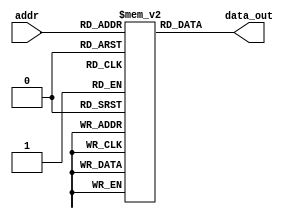
`timescale 1ns / 1ps

module InstMem (input [5:0] addr, output [31:0] data_out);
 reg [31:0] mem [0:63];
 assign data_out = mem[addr];
initial
 begin
//mem[0]=32'b000000000000_00000_010_00001_0000011 ; //lw x1, 0(x0)
// mem[1]=32'b0000000_00000_00000_000_00000_0110011 ; //add x0, x0, x0
// mem[2]=32'b0000000_00000_00000_000_00000_0110011 ; //add x0, x0, x0
// mem[3]=32'b0000000_00000_00000_000_00000_0110011 ; //add x0, x0, x0
 
//  //mem[4]=32'b000000000001_00001_000_00100_0010011 ; //addi x4, x1,1
//  //mem[4]=32'b000100000000_00001_010_00100_0010011 ; //slti x4, x1,1 
 
// mem[4]=32'b000000000100_00000_010_00010_0000011 ; //lw x2, 4(x0)
// mem[5]=32'b0000000_00000_00000_000_00000_0110011 ; //add x0, x0, x0
// mem[6]=32'b0000000_00000_00000_000_00000_0110011 ; //add x0, x0, x0
// mem[7]=32'b0000000_00000_00000_000_00000_0110011 ; //add x0, x0, x0
// mem[8]=32'b000000001000_00000_010_00011_0000011 ; //lw x3, 8(x0)
// mem[9]=32'b0000000_00000_00000_000_00000_0110011 ; //add x0, x0, x0
// mem[10]=32'b0000000_00000_00000_000_00000_0110011 ; //add x0, x0, x0
// mem[11]=32'b0000000_00000_00000_000_00000_0110011 ; //add x0, x0, x0
 
// mem[12]=32'b0000000_00010_00001_110_00100_0110011 ; //or x4, x1, x2
// mem[13]=32'b0000000_00000_00000_000_00000_0110011 ; //add x0, x0, x0
// mem[14]=32'b0000000_00000_00000_000_00000_0110011 ; //add x0, x0, x0
// mem[15]=32'b0000000_00000_00000_000_00000_0110011 ; //add x0, x0, x0
 
// mem[16]=32'b0_000001_00011_00100_000_0000_0_1100011; //beq x4, x3, 16
// mem[17]=32'b0000000_00000_00000_000_00000_0110011 ; //add x0, x0, x0
// mem[18]=32'b0000000_00000_00000_000_00000_0110011 ; //add x0, x0, x0
// mem[19]=32'b0000000_00000_00000_000_00000_0110011 ; //add x0, x0, x0
// mem[20]=32'b0000000_00010_00001_000_00011_0110011 ; //add x3, x1, x2
// mem[21]=32'b0000000_00000_00000_000_00000_0110011 ; //add x0, x0, x0
// mem[22]=32'b0000000_00000_00000_000_00000_0110011 ; //add x0, x0, x0
// mem[23]=32'b0000000_00000_00000_000_00000_0110011 ; //add x0, x0, x0
// mem[24]=32'b0000000_00010_00011_000_00101_0110011 ; //add x5, x3, x2
// mem[25]=32'b0000000_00000_00000_000_00000_0110011 ; //add x0, x0, x0
// mem[26]=32'b0000000_00000_00000_000_00000_0110011 ; //add x0, x0, x0
// mem[27]=32'b0000000_00000_00000_000_00000_0110011 ; //add x0, x0, x0
// mem[28]=32'b0000000_00101_00000_010_01100_0100011; //sw x5, 12(x0)
// mem[29]=32'b0000000_00000_00000_000_00000_0110011 ; //add x0, x0, x0
// mem[30]=32'b0000000_00000_00000_000_00000_0110011 ; //add x0, x0, x0
// mem[31]=32'b0000000_00000_00000_000_00000_0110011 ; //add x0, x0, x0
// mem[32]=32'b000000001100_00000_010_00110_0000011 ; //lw x6, 12(x0)
// mem[33]=32'b0000000_00000_00000_000_00000_0110011 ; //add x0, x0, x0
// mem[34]=32'b0000000_00000_00000_000_00000_0110011 ; //add x0, x0, x0
// mem[35]=32'b0000000_00000_00000_000_00000_0110011 ; //add x0, x0, x0
// mem[36]=32'b0000000_00001_00110_111_00111_0110011 ; //and x7, x6, x1
// mem[37]=32'b0000000_00000_00000_000_00000_0110011 ; //add x0, x0, x0
// mem[38]=32'b0000000_00000_00000_000_00000_0110011 ; //add x0, x0, x0
// mem[39]=32'b0000000_00000_00000_000_00000_0110011 ; //add x0, x0, x0
// mem[40]=32'b0100000_00010_00001_000_01000_0110011 ; //sub x8, x1, x2
// mem[41]=32'b0000000_00000_00000_000_00000_0110011 ; //add x0, x0, x0
// mem[42]=32'b0000000_00000_00000_000_00000_0110011 ; //add x0, x0, x0
// mem[43]=32'b0000000_00000_00000_000_00000_0110011 ; //add x0, x0, x0
// mem[44]=32'b0000000_00010_00001_000_00000_0110011 ; //add x0, x1, x2
// mem[45]=32'b0000000_00000_00000_000_00000_0110011 ; //add x0, x0, x0
// mem[46]=32'b0000000_00000_00000_000_00000_0110011 ; //add x0, x0, x0
// mem[47]=32'b0000000_00000_00000_000_00000_0110011 ; //add x0, x0, x0
// mem[48]=32'b0000000_00001_00000_000_01001_0110011 ;
 
 
 
 mem[0]=32'b000000000000_00000_010_00001_0000011 ; //lw x1, 0(x0)
 mem[1]=32'b0000000_00000_00000_000_00000_0110011 ; //add x0, x0, x0
 mem[2]=32'b000000000100_00000_010_00010_0000011 ; //lw x2, 4(x0)
 mem[3]=32'b0000000_00000_00000_000_00000_0110011 ; //add x0, x0, x0
 mem[4]=32'b000000001000_00000_010_00011_0000011 ; //lw x3, 8(x0) //8
 mem[5]=32'b0000000_00000_00000_000_00000_0110011 ; //add x0, x0, x0 //0
 mem[6]=32'b0000000_00010_00001_110_00100_0110011 ; //or x4, x1, x2  //25
 //mem[7]=32'b0000000_00000_00000_000_00000_0110011 ; //add x0, x0, x0  //0
 
mem[7]=32'b0100000_00011_00100_000_01010_0110011 ; //sub x10, x4, x3  //0 
  //mem[7]=32'b0_000001_00011_00100_000_0000_0_1100011; //beq x4, x3, 16  //0

  mem[8]=32'b0000000_00010_00001_000_00011_0110011 ; //add x3, x1, x2  //26
  mem[9]=32'b0000000_00010_00011_000_00101_0110011 ; //add x5, x3, x2  //35
  mem[10]=32'b0000000_00100_00000_010_01100_0100011; //sw x5, 12(x0)  //12
  mem[11]=32'b0000000_00000_00000_000_00000_0110011; //add x0, x0, x0  //0
  mem[12]=32'b0000000_00000_00000_000_00000_0110011; //add x0, x0, x0  //0
  mem[13]=32'b000000001100_00000_010_00110_0000011; //lw x6, 12(x0)  //12,25
  mem[14]=32'b0000000_00000_00000_000_00000_0110011; //add x0, x0, x0 //0
  mem[15]=32'b0000000_00001_00110_111_00111_0110011; //and x7, x6, x1 //0
  mem[16]=32'b0100000_00010_00001_000_01000_0110011; //sub x8, x1, x2  //8
  mem[17]=32'b000000000001_00110_000_01100_0010011; //addi x12, x6,1  //36
  mem[18]=32'b0000000_00001_00000_000_01001_0110011; //add x9, x0, x1 //17
  mem[19]=32'b000000000001_00001_000_00100_0010011; //addi x4, x1,1  //18
  mem[20]=32'b000000000001_00001_010_00100_0010011; //slti x4, x1,1  //0
  mem[21]=32'b000000000001_00100_011_00100_0010011; //sltiu x5, x4,1  //1
  mem[22]=32'b000000000001_00101_111_00110_0010011; //andi x6, x5,1  //1
 
  mem[23]=32'b000000000001_00111_100_00101_0010011; //xori x5, x7,1  //1
  mem[24]=32'b000000010001_00111_110_00110_0010011; //ori x6, x7,17  //17
  
  mem[25]=32'b0000000_00110_00000_000_10000_0100011; //sb x6, 16(x0)  //16
  
  mem[26]=32'b0000000_00000_00000_000_00000_0110011 ; //add x0, x0, x0
  mem[27]=32'b000000010000_00000_100_00110_0000011; //lb x8, 16(x0)  //16,17
  mem[28]=32'b00000000000000000011_00111_0110111; //lui x7, 5  
  mem[29]=32'b00000000000000000011_00111_0010111; //AUIPC x7, 5 
 
 end
endmodule